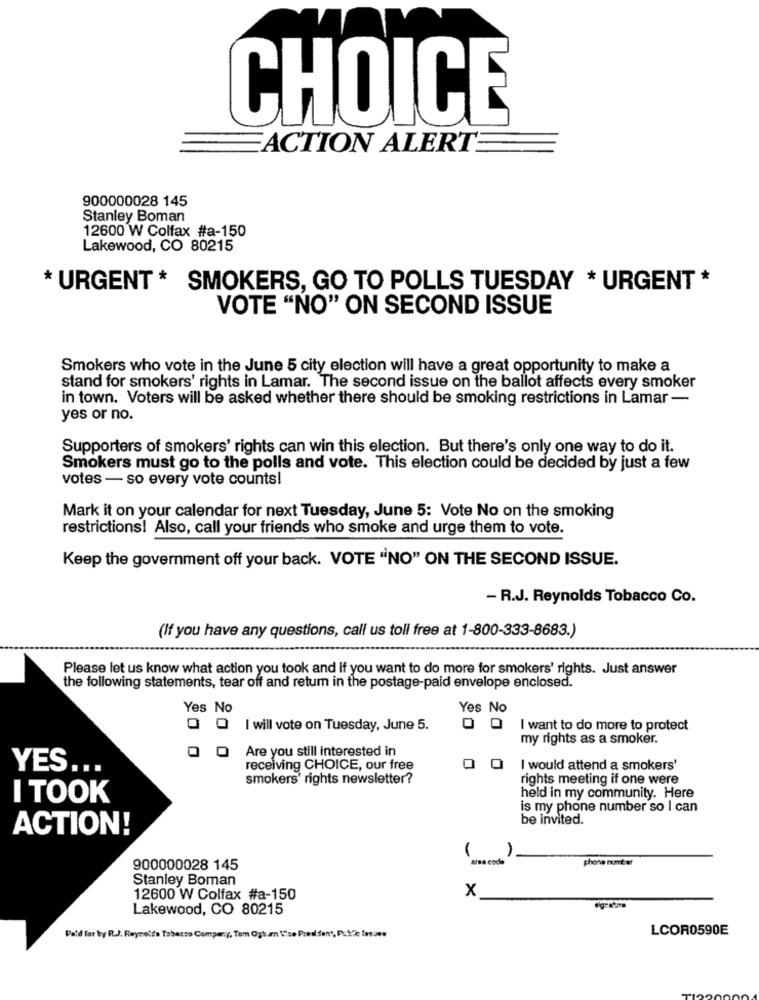
CHOICE
ACTION ALERT
900000028 145
Stanley Boman
12600 W Colfax #a-150
Lakewood, CO 80215
* URGENT * SMOKERS, GO TO POLLS TUESDAY * URGENT *
VOTE "NO" ON SECOND ISSUE
Smokers who vote in the June 5 city election will have a great opportunity to make a
stand for smokers' rights in Lamar. The second issue on the ballot affects every smoker
in town. Voters will be asked whether there should be smoking restrictions in Lamar-
yes or no.
Supporters of smokers' rights can win this election. But there's only one way to do it.
Smokers must go to the polls and vote. This election could be decided by just a few
votes - so every vote counts!
Mark it on your calendar for next Tuesday, June 5: Vote No on the smoking
restrictions! Also, call your friends who smoke and urge them to vote.
Keep the government off your back. VOTE "NO" ON THE SECOND ISSUE.
- R.J. Reynolds Tobacco Co.
(If you have any questions, call us toll free at 1-800-333-8683.)
Please let us know what action you took and if you want to do more for smokers' rights. Just answer
the following statements, tear off and return in the postage-paid envelope enclosed.
Yes No
Yes No
I will vote on Tuesday, June 5.
I want to do more to protect
my rights as a smoker.
Are you still interested in
YES
receiving CHOICE, our free
I would attend a smokers'
smokers' rights newsletter?
rights meeting if one were
I TOOK
held in my community. Here
is my phone number so I can
be invited.
ACTION!
area code
phone nunter
900000028 145
Stanley Boman
x
12600 W Colfax #a-150
Lakewood, CO 80215
LCOR0590E
Paid for by R.J. Reynolds Tobacco Company, Tom Ogtam tise Predsons, Prick lesoes